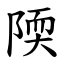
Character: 陾